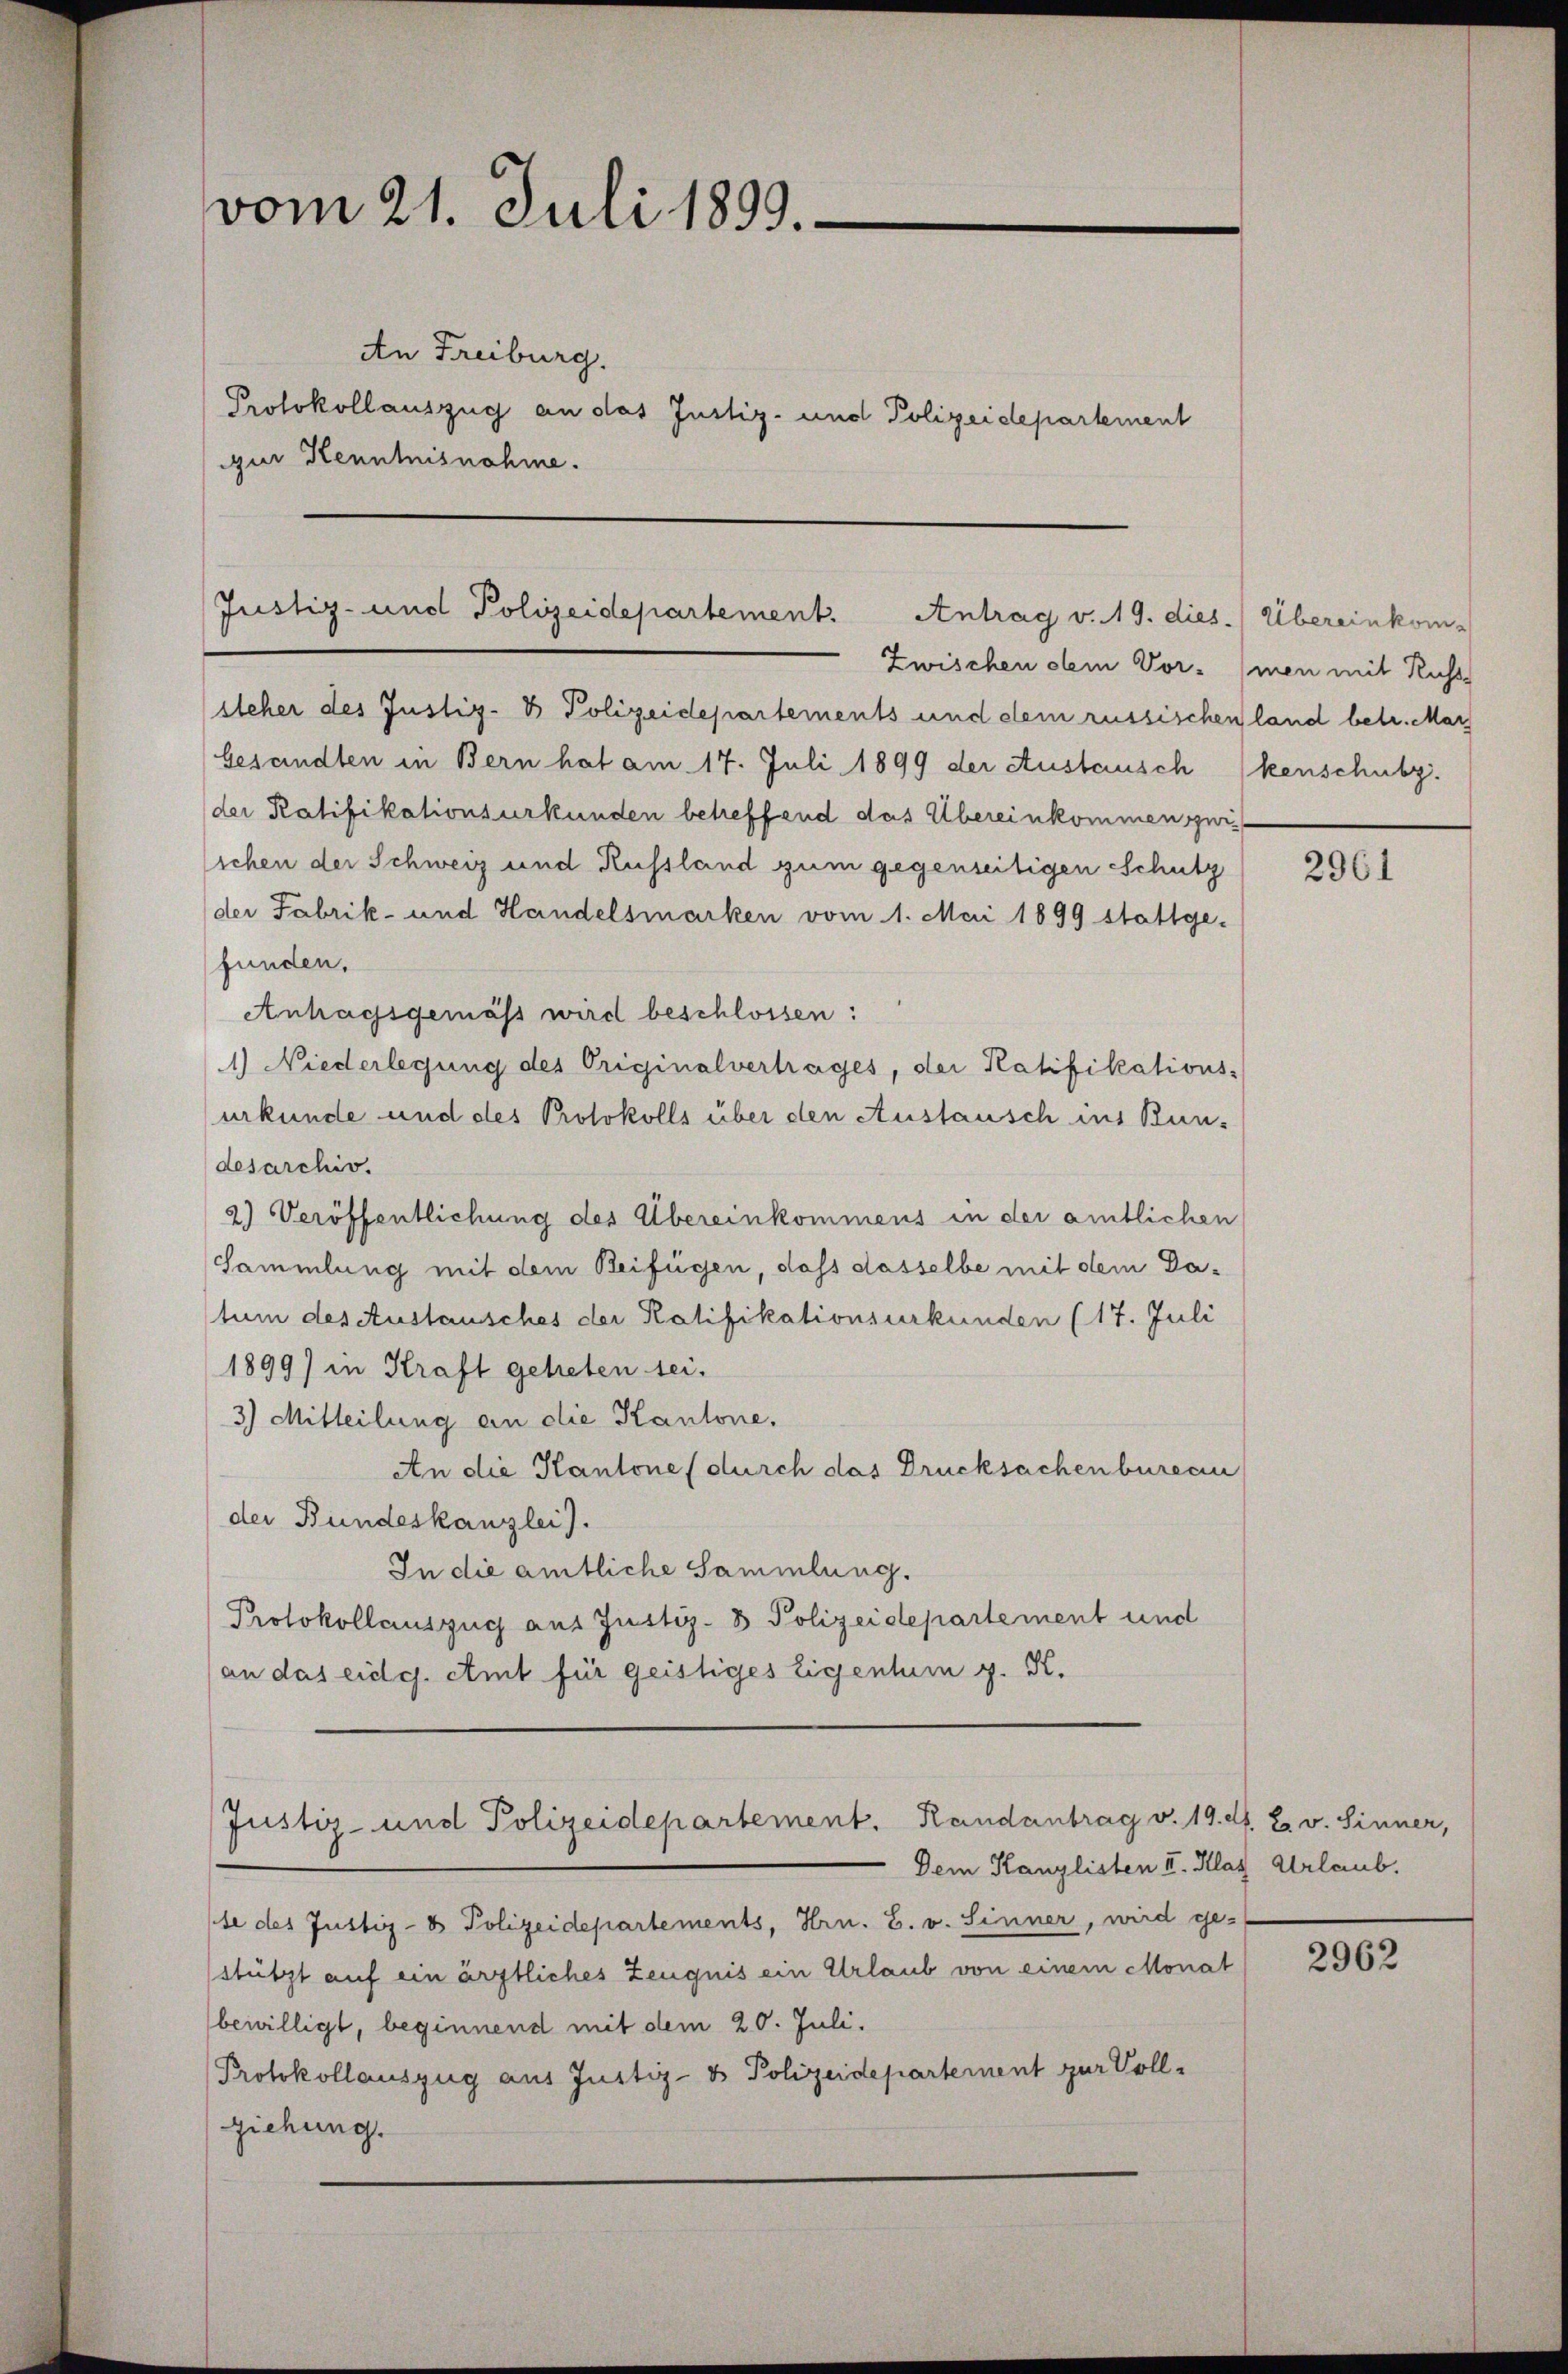
vom 21. Juli 1899.

An Freiburg.
Protokollauszug an das Justiz- und Polizeidepartement
qur Kenntnisnahme.

Justiz- und Polizeidepartement. Antrag v. 19. dies. Übereinkom-

Justiz- und Polizeidepartement. Randantrag v. 19. d. 2. v. Sinner,

Zwischen dem Vormen mit Russ

steher des Justiz- & Polizeidepartements und dem russischen land betr. Mar
besandten in Bern hat am 17. Juli 1899 der Austausch kenschubz.
der Ratifikationsurkunden betreffend das Übereinkommensui
lichen der Schweiz und Russland zum gegenseitigen Schutz
der Fabrik- und Handelsmarken vom 1. Mai 1899 stattge-
funden.
Anhagsgemäß wird beschlossen:
1) Niederlegung des Originalvertrages, der Ratifikations-
urkunde und des Protokolls über den Anstausch ins Bun-
desarchiv.
2) Veröffentlichung des Übereinkommens in der amtlichen
Sammlung mit dem Beifügen, dass dasselbe mit dem Datum des Austausches der Ratifikationsurkunden (17. Juli
1899) in Kraft getreten sei.
3) Mitteilung an die Kantone.
An die Kantone (durch das Drucksachenbureau
der Bundeskanzlei).
In die amtliche Sammlung.
Protokollauszug aus Justiz- & Polizeidepartement und
an das eidg. Amt für geistiges Eigentum g. K.

Dem Kanzlisten II. Klar Urlaub.
te des Justiz- & Polizeidepartements, Hrn. B. v. Sinner, wird ge-
stützt auf ein ärztliches Zeugnis ein Urlaub von einem Monat
bewilligt, beginnend mit dem 20. Juli.
Protokollauszug aus Justiz- & Polizeidepartement zur Vollziehung.

2961

2962